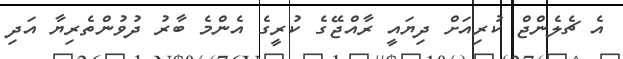
އެ ޗެލެންޖް ކުރިއަށް ދިޔައީ ރާއްޖޭގެ ކުރީގެ އެންމެ ބާރު ދުވުންތެރިޔާ އަދި